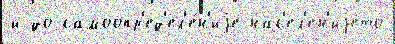
и до самоопр'ед'ел'е́н'иjе нас'ел'ен'иjето